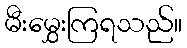
မီးမွှေးကြရသည်။